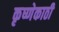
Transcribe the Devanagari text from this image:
कृष्णेकाठी